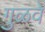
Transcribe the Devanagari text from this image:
गुळवे